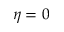
\eta = 0